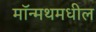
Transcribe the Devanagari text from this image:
मॉन्मथमधील